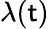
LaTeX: \lambda(\mathsf{t})